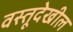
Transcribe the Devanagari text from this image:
वस्तूदेखील